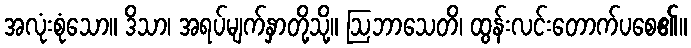
အလုံးစုံသော။ ဒိသာ၊ အရပ်မျက်နှာတို့သို့။ ဩဘာသေတိ၊ ထွန်းလင်းတောက်ပစေ၏။